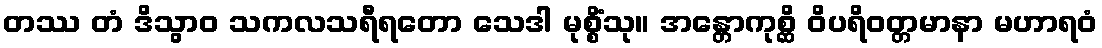
တဿ တံ ဒိသွာဝ သကလသရီရတော သေဒါ မုစ္စိံသု။ အန္တောကုစ္ဆိ ဝိပရိဝတ္တမာနာ မဟာရဝံ